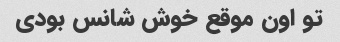
تو اون موقع خوش شانس بودی